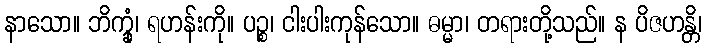
နာသော။ ဘိက္ခုံ၊ ရဟန်းကို။ ပဉ္စ၊ ငါးပါးကုန်သော။ ဓမ္မာ၊ တရားတို့သည်။ န ပိဇဟန္တိ၊